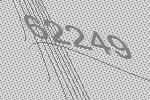
62249